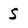
Character: S